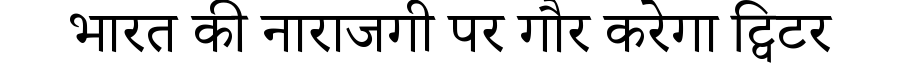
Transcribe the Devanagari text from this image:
भारत की नाराजगी पर गौर करेगा ट्विटर